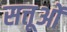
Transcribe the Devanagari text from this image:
सत्तूओं